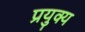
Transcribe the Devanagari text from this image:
प्रयुक्य